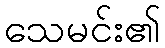
သေမင်း၏